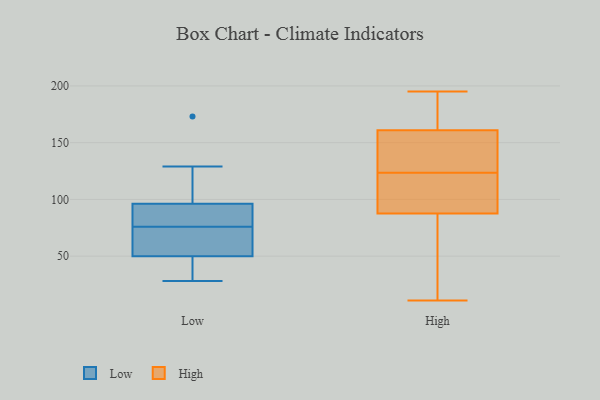
{"axis": {"x": "Conversion Rate (%)", "y": "Value"}, "legend": ["High", "Low"], "data": [{"x": "", "y": 76, "type": "Low"}, {"x": "", "y": 28, "type": "Low"}, {"x": "", "y": 86, "type": "Low"}, {"x": "", "y": 41, "type": "Low"}, {"x": "", "y": 59, "type": "Low"}, {"x": "", "y": 91, "type": "Low"}, {"x": "", "y": 173, "type": "Low"}, {"x": "", "y": 129, "type": "Low"}, {"x": "", "y": 98, "type": "Low"}, {"x": "", "y": 50, "type": "Low"}, {"x": "", "y": 50, "type": "Low"}, {"x": "", "y": 186, "type": "High"}, {"x": "", "y": 141, "type": "High"}, {"x": "", "y": 163, "type": "High"}, {"x": "", "y": 122, "type": "High"}, {"x": "", "y": 125, "type": "High"}, {"x": "", "y": 98, "type": "High"}, {"x": "", "y": 79, "type": "High"}, {"x": "", "y": 89, "type": "High"}, {"x": "", "y": 110, "type": "High"}, {"x": "", "y": 86, "type": "High"}, {"x": "", "y": 195, "type": "High"}, {"x": "", "y": 174, "type": "High"}, {"x": "", "y": 11, "type": "High"}, {"x": "", "y": 158, "type": "High"}, {"x": "", "y": 159, "type": "High"}, {"x": "", "y": 35, "type": "High"}]}